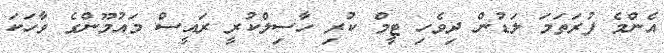
އެންމެ ފުރަތަމަ ލަޑުން ދިވެހި ޓީމް ކުރި ހާސިލްކުރީ ރައީސް މައުމޫންގެ ވާހަކަ